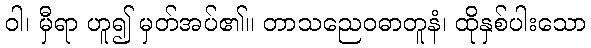
ဝါ၊ မှီရာ ဟူ၍ မှတ်အပ်၏။ တာသညေဝဓာတူနံ၊ ထိုနှစ်ပါးသော